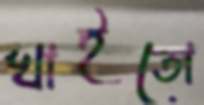
খাইতো